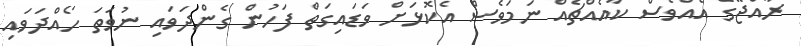
ރާއްޖޭގެ އެއްވެސް ކާއެއްޗެއް ނަމަވެސް އެކޮޅަށް ވަޑައިގަތް ފަހުން ގެންދަވައި ނުވަތަ ހޯއްދަވައި